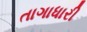
તાગાધારી